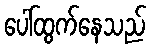
ပေါ်ထွက်နေသည်